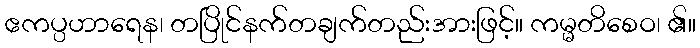
ဧကပ္ပဟာရေန၊ တပြိုင်နက်တချက်တည်းအားဖြင့်။ ကမ္မတိစေဝ၊ ၏။